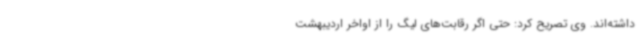
داشته‌اند. وی تصریح کرد: حتی اگر رقابت‌های لیگ را از اواخر اردیبهشت